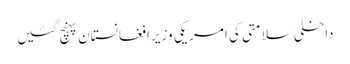
داخلی سلامتی کی امریکی وزیر افغانستان پہنچ گئیں